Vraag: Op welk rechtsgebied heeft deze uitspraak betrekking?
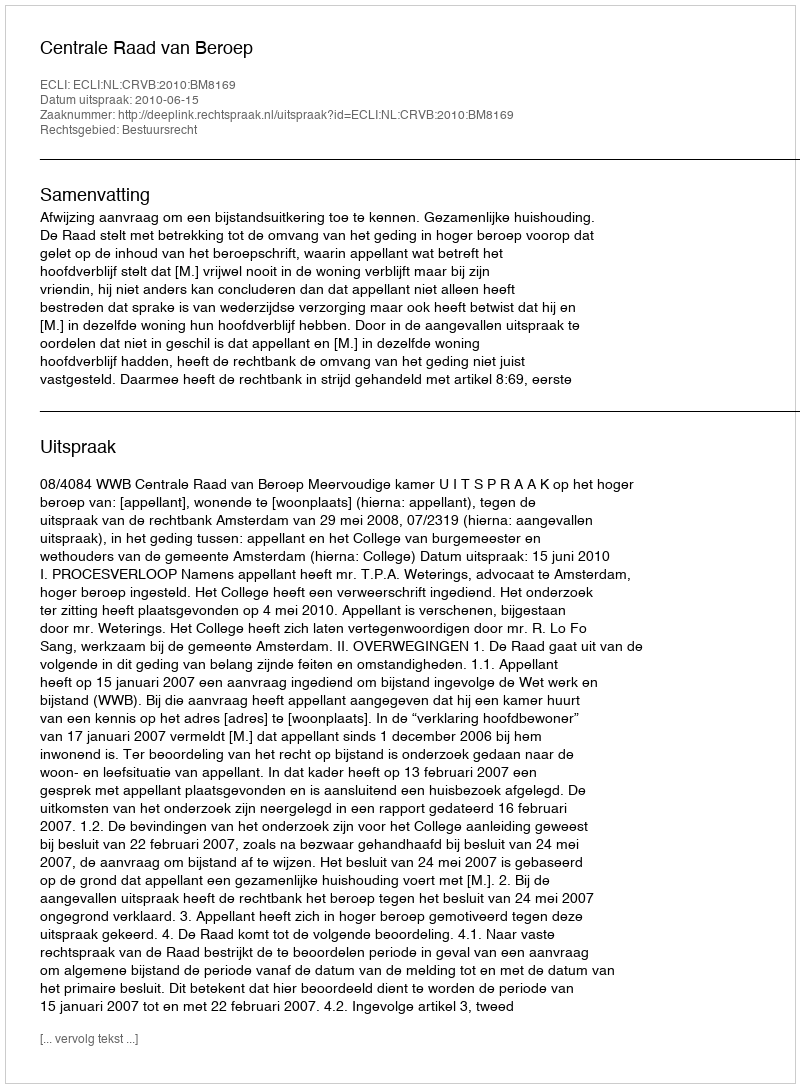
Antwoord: Bestuursrecht